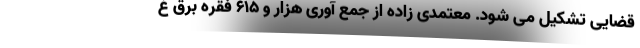
قضایی تشکیل می شود. معتمدی زاده از جمع آوری هزار و ۶۱۵ فقره برق غ